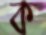
ক